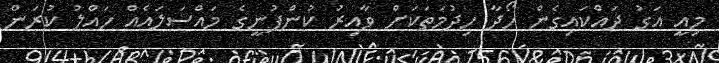
މިއީ އަގު ދައްކައިގެން ހޯދާ ހިދުމަތަކަށް ވާއިރު ކުންފުނީގެ މައްސަލައެއް ހައްލު ކުރަން